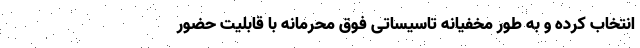
انتخاب کرده و به طور مخفیانه تاسیساتی فوق محرمانه با قابلیت حضور